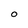
Character: O